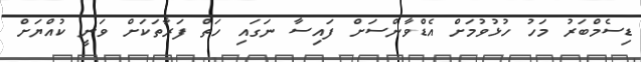
ޑިސެމްބަރު މަހު ހުޅުވުމަށް އެޑްވާންސަށް ފައިސާ ނަގައި ހަތް ފަރާތަކަށް ވަނީ ކުއްޔަށް